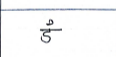
मजकूर: डं